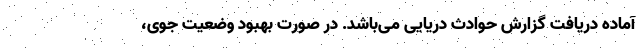
آماده دریافت گزارش حوادث دریایی می‌باشد. در صورت بهبود وضعیت جوی،